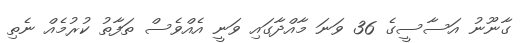
ގާނޫނު އަސާސީގެ 36 ވަނަ މާއްދާގައި ވަނީ އެއްވެސް ތަފާތު ކުރުމެއް ނެތި